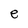
Character: e